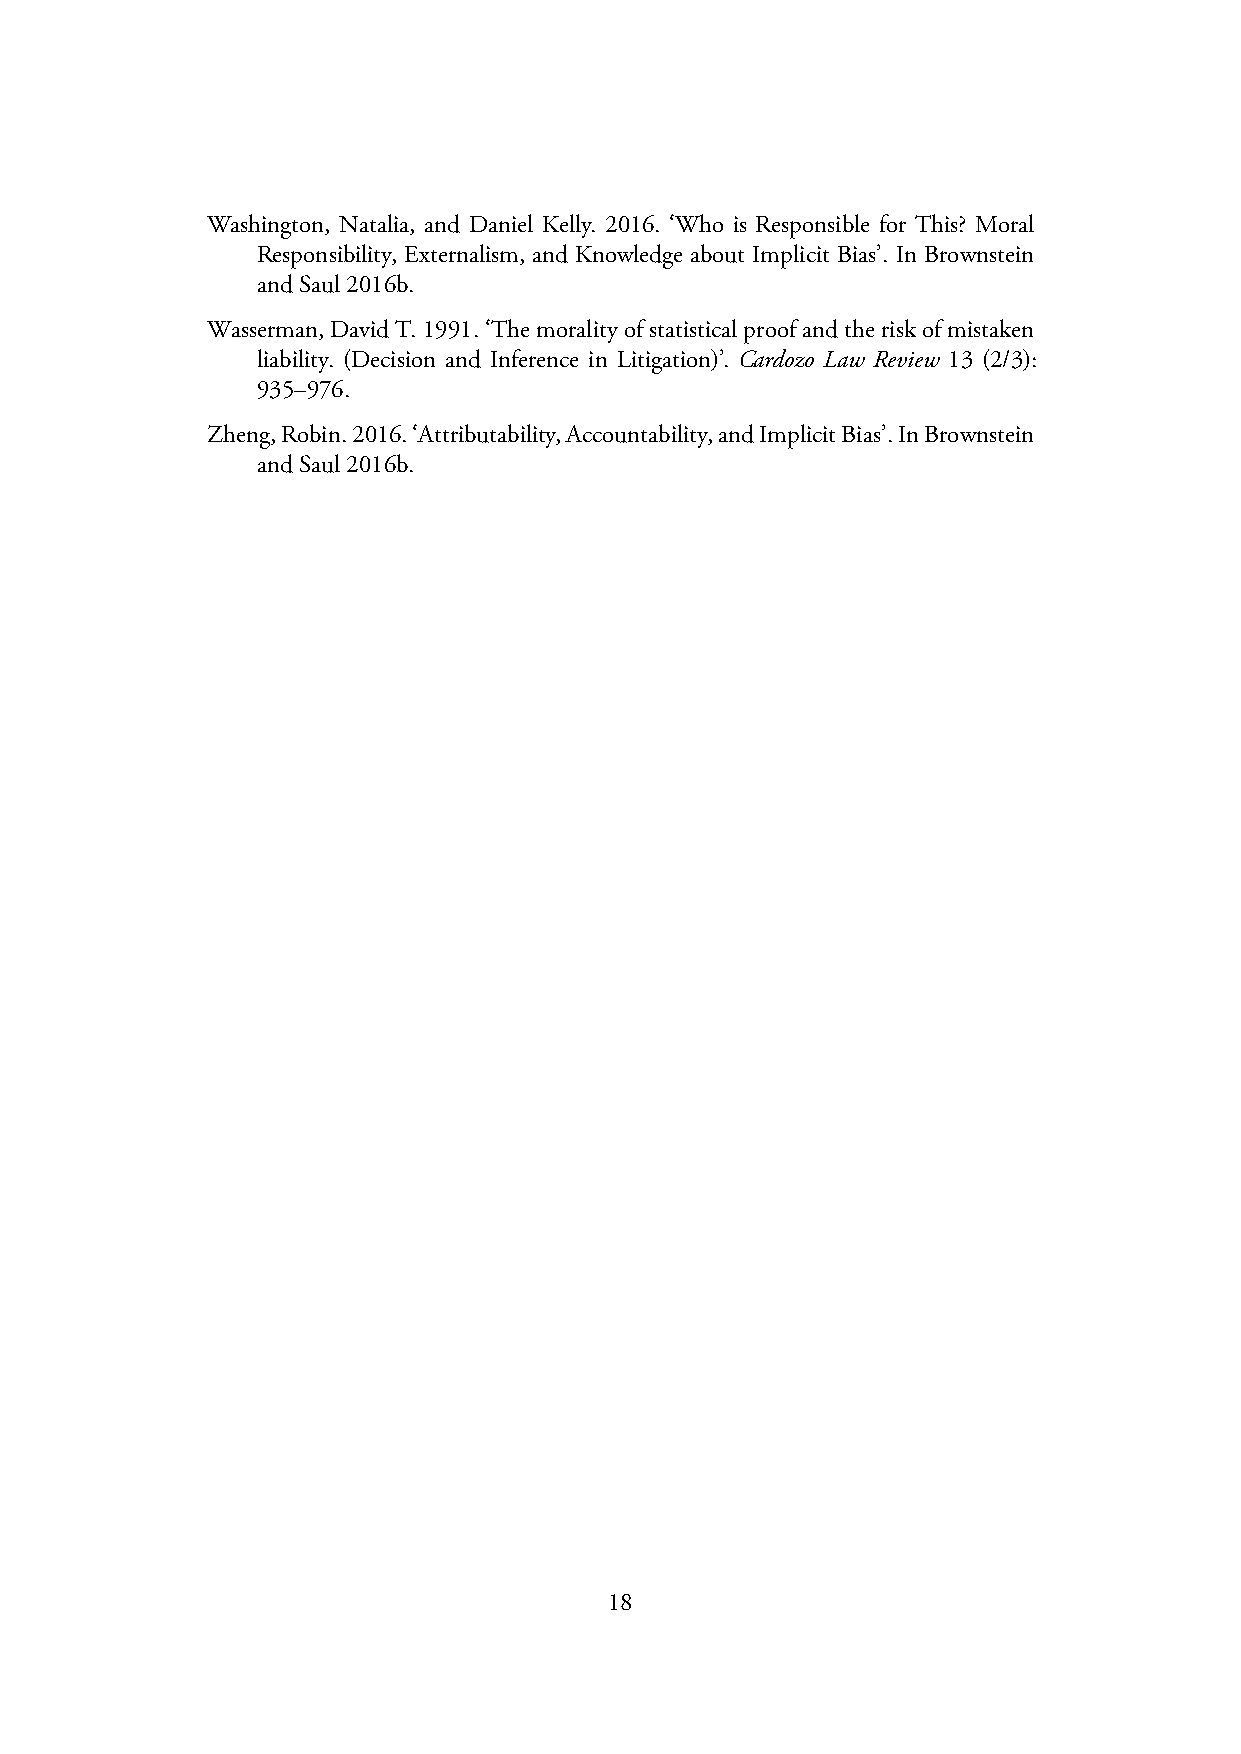
Washington, Natalia, and Daniel Kelly. 2016. ‘Who is Responsible for This? Moral
 Responsibility, Externalism, and Knowledge about Implicit Bias’. In Brownstein
 andSaul 2016b.
 Wasserman,DavidT.1991.‘Themoralityofstatisticalproofandtheriskofmistaken
 liability. (Decision and Inference in Litigation)’. Cardozo Law Review 13 (2/3):
 935–976.
 Zheng,Robin.2016.‘Attributability,Accountability,andImplicitBias’.InBrownstein
 andSaul 2016b.
 18